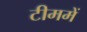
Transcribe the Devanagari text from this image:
टीममें